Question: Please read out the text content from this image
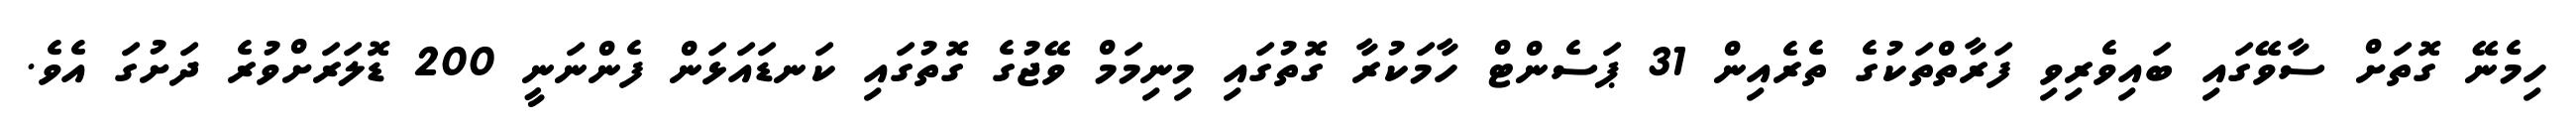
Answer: ހިމެނޭ ގޮތަށް ސާވޭގައި ބައިވެރިވި ފަރާތްތަކުގެ ތެރެއިން 31 ޕަސެންޓް ހާމަކުރާ ގޮތުގައި މިނިމަމް ވޭޖުގެ ގޮތުގައި ކަނޑައަޅަން ފެންނަނީ 200 ޑޮލަރަށްވުރެ ދަށުގަ އެވެ.